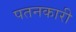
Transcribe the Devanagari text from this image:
पतनकारी